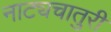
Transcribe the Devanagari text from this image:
नाट्यचातुरी